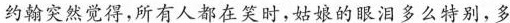
约翰突然觉得，所有人都在笑时，姑娘的眼泪多么特别，多